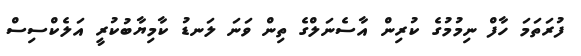
ފުރަތަމަ ހާފް ނިމުމުގެ ކުރިން އާސެނަލްގެ ތިން ވަނަ ލަނޑު ކާމިޔާބުކުރީ އަލެކްސިސް